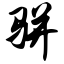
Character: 骈